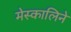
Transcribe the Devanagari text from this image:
मेस्कालिने